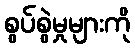
စွပ်စွဲမှုများကို